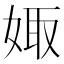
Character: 娵